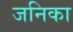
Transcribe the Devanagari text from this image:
जनिका